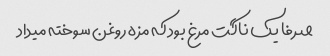
صرفا یک ناگت مرغ بود که مزه روغن سوخته میداد